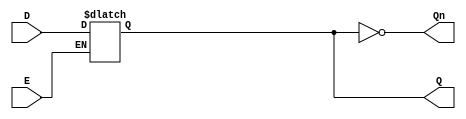
module GatedDLatch (
    input wire D,     // Data input
    input wire E,     // Enable input
    output reg Q,     // Output
    output wire Qn    // Complement of Q
);

    assign Qn = ~Q; // Complement of Q

    always @ (D or E) begin
        if (E) begin
            Q <= D; // When E is high, Q follows D
        end
        // When E is low, Q retains its last value
    end

endmodule